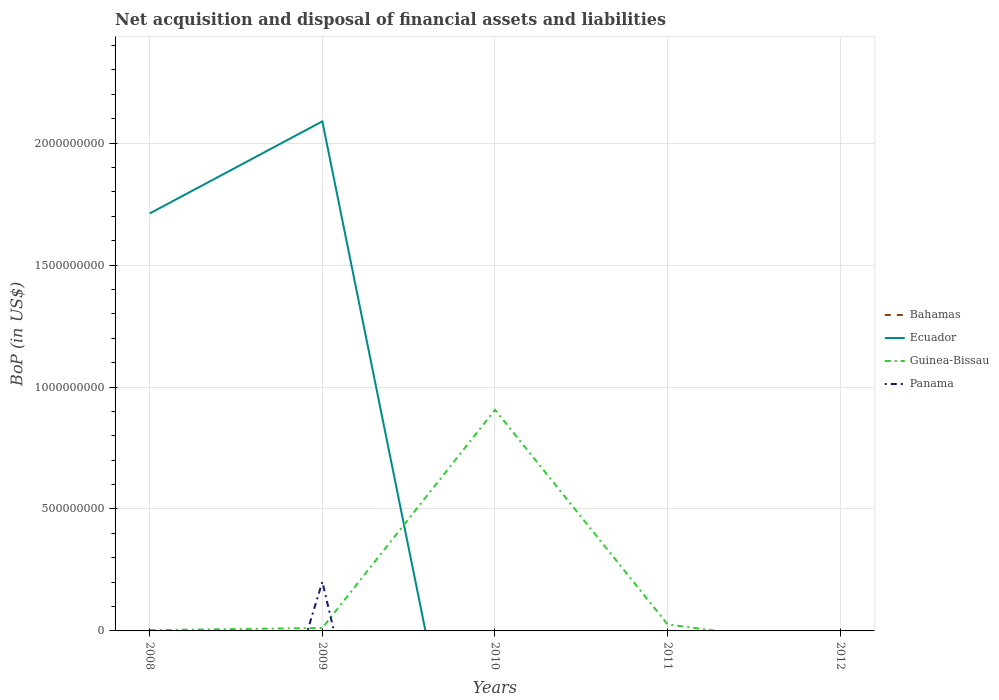
| Years | Bahamas | Ecuador | Guinea-Bissau | Panama |
 | --- | --- | --- | --- | --- |
 | 2008 | -1.11e+09 | 1.71e+09 | 3.15e+06 | -2.13e+09 |
 | 2009 | -8.69e+08 | 2.09e+09 | 1.22e+07 | 2.02e+08 |
 | 2010 | -1.1e+09 | -1.41e+09 | 9.07e+08 | -2.8e+09 |
 | 2011 | -9.68e+08 | -5.33e+07 | 2.67e+07 | -4.86e+09 |
 | 2012 | -1.39e+09 | -1.62e+08 | -6.77e+07 | -3.22e+09 |